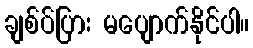
ချစ်ပ်ပြား မပျောက်နိုင်ပါ။